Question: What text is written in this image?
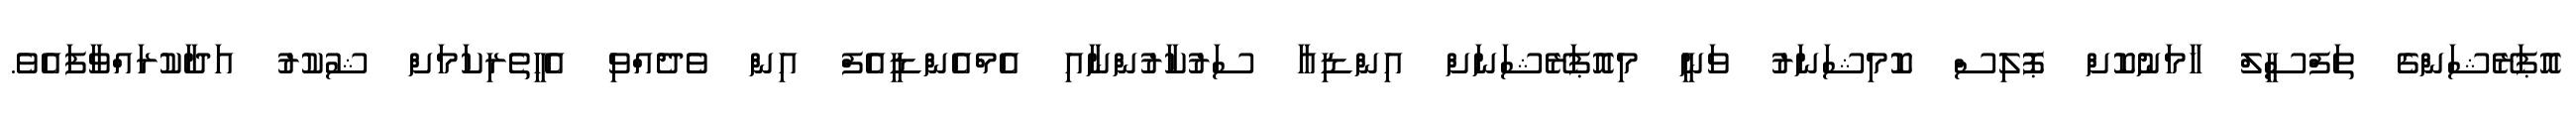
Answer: އޮޕަރޭޝަންގެ ތަފްސީލް ހާމަނުކޮށް ޕޮލިސް ކޮމިޝަނަރު ވަނީ މިއޮޕަރޭޝަނަށް އިންޑިއާ ސަރުކާރުންނާއި އެމްއެންޑީއެފް އިން ވެދެއްވި އެހީތެރިކަމަށް ޝުކުރު އަދާކުރައްވާފައެވެ.